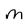
Character: m